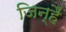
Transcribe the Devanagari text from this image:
जिन्हैं